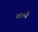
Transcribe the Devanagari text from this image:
शास्त्रें